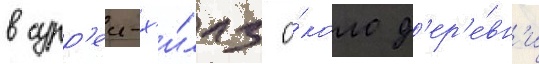
в сурр'еи-х'и́ллз о́коло д'ер'е́вн'и